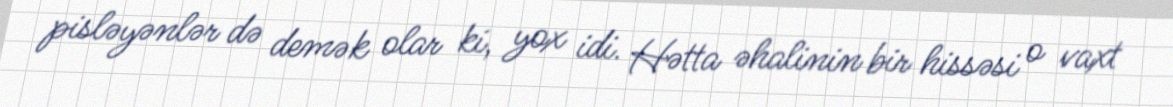
pisləyənlər də demək olar ki, yox idi. Hətta əhalinin bir hissəsi o vaxt